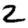
Digit: 2